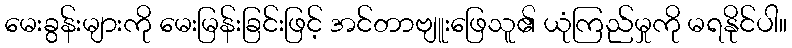
မေးခွန်းများကို မေးမြန်းခြင်းဖြင့် အင်တာဗျူးဖြေသူ၏ ယုံကြည်မှုကို မရနိုင်ပါ။